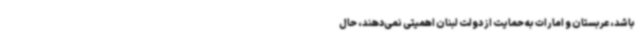
باشد، عربستان و امارات به حمایت از دولت لبنان اهمیتی نمی‌دهند، حال